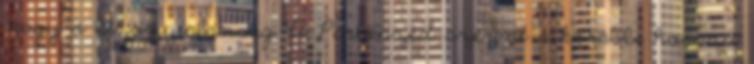
nagy a bizonytalanság. A Párbeszéd szerint a korábbi hosszú